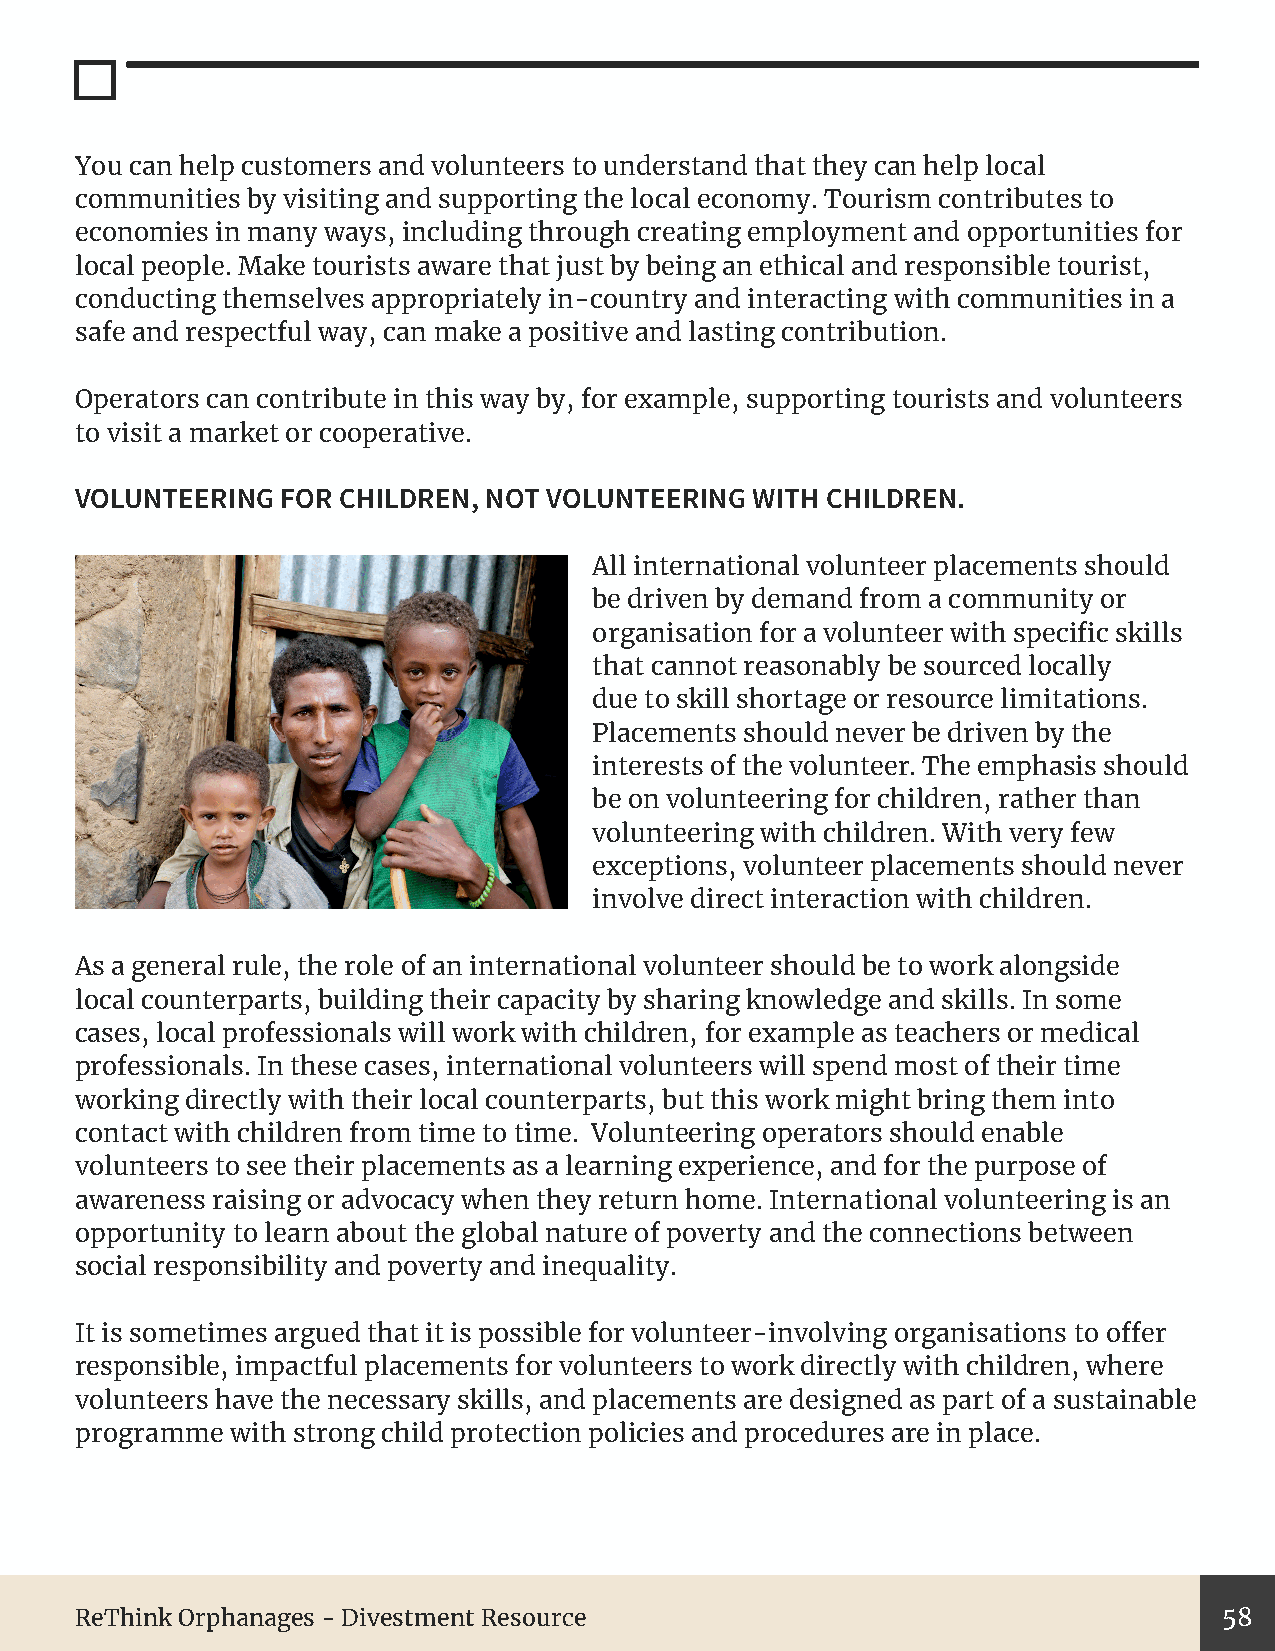
You can help customers and volunteers to understand that they can help local
 communities by visiting and supporting the local economy. Tourism contributes to
 economies in many ways, including through creating employment and opportunities for
 local people. Make tourists aware that just by being an ethical and responsible tourist,
 conducting themselves appropriately in-country and interacting with communities in a
 safe and respectful way, can make a positive and lasting contribution.
 Operators can contribute in this way by, for example, supporting tourists and volunteers
 to visit a market or cooperative.
 VOLUNTEERING  FOR CHILDREN, NOT VOLUNTEERING WITH CHILDREN.
 All international volunteer placements should
 be driven by demand from a community or
 organisation for a volunteer with specific skills
 that cannot reasonably be sourced locally
 due to skill shortage or resource limitations.
 Placements should never be driven by the
 interests of the volunteer. The emphasis should
 be on volunteering for children, rather than
 volunteering with children. With very few
 exceptions, volunteer placements should never
 involve direct interaction with children.
 As a general rule, the role of an international volunteer should be to work alongside
 local counterparts, building their capacity by sharing knowledge and skills. In some
 cases, local professionals will work with children, for example as teachers or medical
 professionals. In these cases, international volunteers will spend most of their time
 working directly with their local counterparts, but this work might bring them into
 contact with children from time to time. Volunteering operators should enable
 volunteers to see their placements as a learning experience, and for the purpose of
 awareness raising or advocacy when they return home. International volunteering is an
 opportunity to learn about the global nature of poverty and the connections between
 social responsibility and poverty and inequality.
 It is sometimes argued that it is possible for volunteer-involving organisations to offer
 responsible, impactful placements for volunteers to work directly with children, where
 volunteers have the necessary skills, and placements are designed as part of a sustainable
 programme with strong child protection policies and procedures are in place.
 ReThink Orphanages - Divestment Resource                                    58